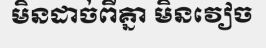
មិនដាច់ពីគ្នា មិនវៀច